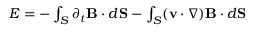
\begin{array} { r } { { \cal E } = - \int _ { S } \partial _ { t } { \bf B } \cdot d { \bf S } - \int _ { S } ( { \bf v } \cdot \nabla ) { \bf B } \cdot d { \bf S } } \end{array}